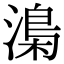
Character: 𣻏